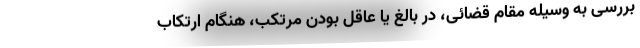
بررسی به وسیله مقام قضائی، در بالغ یا عاقل بودن مرتکب، هنگام ارتکاب